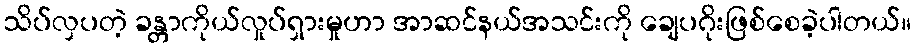
သိပ်လှပတဲ့ ခန္တာကိုယ်လှုပ်ရှားမှုဟာ အာဆင်နယ်အသင်းကို ချေပဂိုးဖြစ်စေခဲ့ပါတယ်။